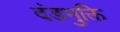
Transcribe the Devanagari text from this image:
दंडभुक्ति